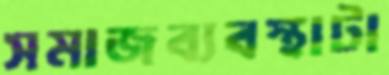
সমাজব্যবস্থাটা